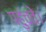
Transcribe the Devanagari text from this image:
पहुंचते।